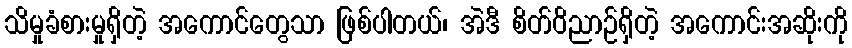
သိမှုခံစားမှုရှိတဲ့ အကောင်တွေသာ ဖြစ်ပါတယ်၊ အဲဒီ စိတ်ဝိညာဉ်ရှိတဲ့ အကောင်းအဆိုးကို